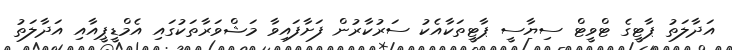
އަދާލަތު ޕާޓީގެ ޓްވީޓް ސިޔާސީ ޕާޓީތަކާއެކު ސަރުކާރުން ފަށާފައިވާ މަޝްވަރާތަކުގައި އެމްޑީޕީއާއި އަދާލަތު